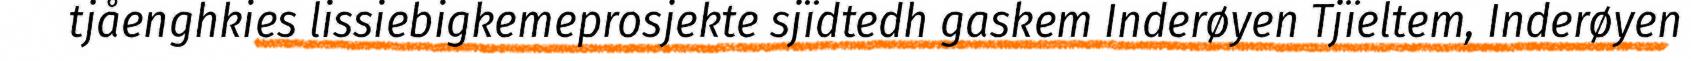
tjåenghkies lissiebigkemeprosjekte sjïdtedh gaskem Inderøyen Tjïeltem, Inderøyen